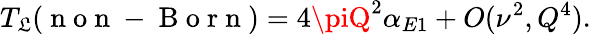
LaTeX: T_{\mathfrak{L}}(\mathrm{{~n~o~n~-~B~o~r~n~}})=4\piQ^{2}\alpha_{E1}+O(\nu^{2},Q^{4}).